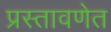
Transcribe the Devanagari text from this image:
प्रस्तावणेत